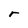
Character: r